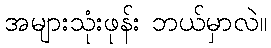
အများသုံးဖုန်း ဘယ်မှာလဲ။